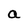
Character: a